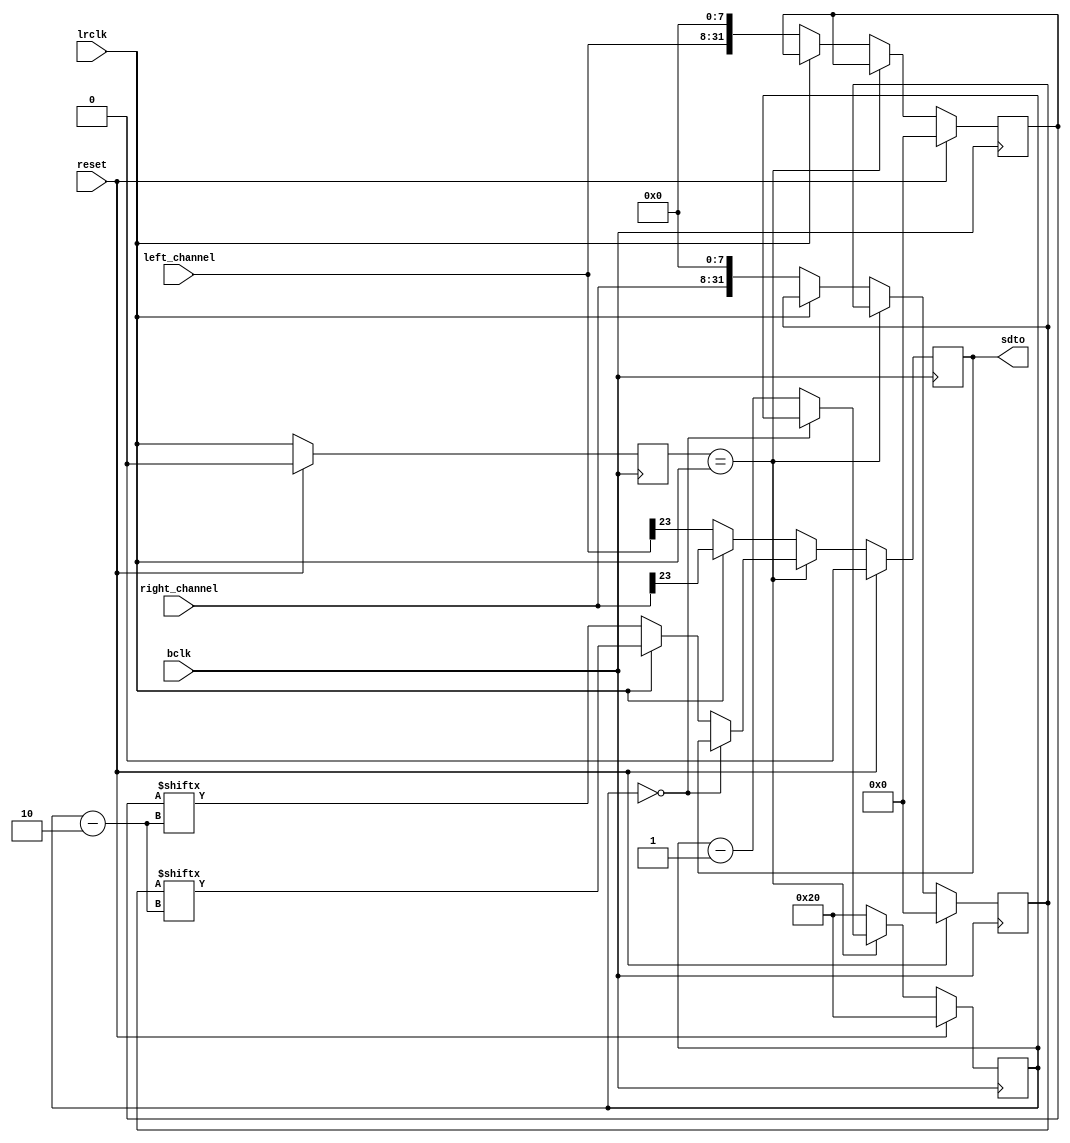
`timescale 1ns / 1ps
//////////////////////////////////////////////////////////////////////////////////
// Company: 
// Engineer: 
// 
// Design Name: 
// Module Name: better_i2s_tx
// Project Name: 
// Target Devices: 
// Tool Versions: 
// Description: 
// 
// Dependencies: 
// 
// Revision:
// Revision 0.01 - File Created
// Additional Comments:
// 
//////////////////////////////////////////////////////////////////////////////////


module better_i2s_tx(
    input wire reset,
    input wire lrclk,
    input wire bclk, 
    output reg sdto=0,
    input wire[23:0] left_channel,
    input wire[23:0] right_channel
    );
    reg old_lrclk=1;
    //goes high when lrclk changes
    wire lrclk_change = !(old_lrclk==lrclk);
    
    reg [5:0] bitcnt=0;
    reg [31:0] left_channel_sample=0;
    reg [31:0] right_channel_sample=0;
    always @(posedge bclk)
    begin
        if (reset)
            begin
            left_channel_sample<=0;
            right_channel_sample<=0;
            old_lrclk<=0;
            sdto<=0;
            bitcnt<=32;
            end
        else
            begin
            old_lrclk <= lrclk;
                if (lrclk_change)
                    begin
                        //wait 1 cycle
                        bitcnt<=32;
                        if (lrclk==0)
                            begin
                            left_channel_sample[31:0] <= {left_channel[23:0], 8'h00};
                            right_channel_sample[31:0] <= {right_channel[23:0], 8'h00};
                            end
                        else if (lrclk==1)
                            begin
                            end
                        sdto <= lrclk ? right_channel[23] : left_channel[23];
                    end
                else
                    begin
                        if (bitcnt==0)
                            begin
                                //crash
                            end
                        else
                            begin
                                bitcnt<=bitcnt-1;
                                sdto <= lrclk ? right_channel_sample[bitcnt-2] : left_channel_sample[bitcnt-2];
                            end
                    end
            end
    end
endmodule